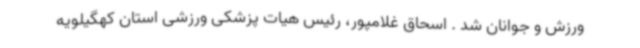
ورزش و جوانان شد . اسحاق غلامپور، رئیس هیات پزشکی ورزشی استان کهگیلویه